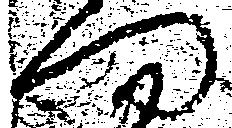
門